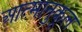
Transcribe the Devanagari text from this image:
आत्मानुकूल